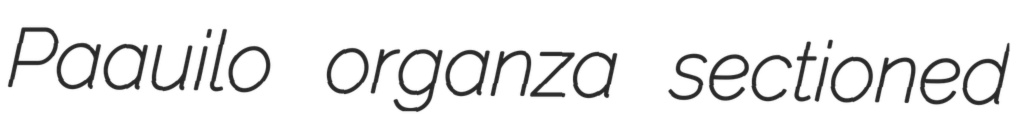
Paauilo organza sectioned